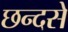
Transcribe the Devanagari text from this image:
छन्दसे